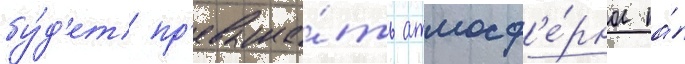
бу́д'ет пр'евыша́ть атмосф'е́рное на́